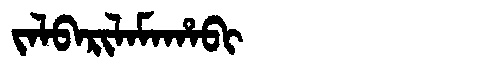
Manchu: ᠵᠠᠯᠪᠠᡵᡳᠯᠠᠮᠠᡥᠠᠪᡳ
Romanization: JALBARILAMAHABI